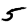
Digit: 5